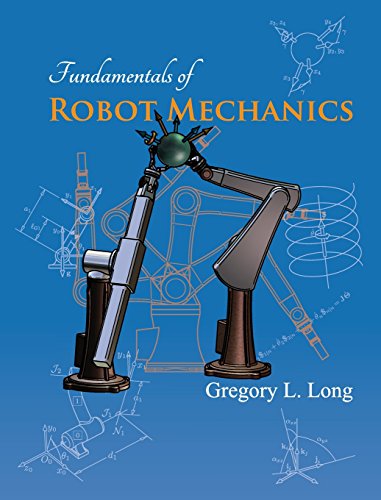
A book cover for Fundamentals of Robot Mechanics; Gregory L. Long; Computers & Technology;